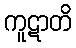
ကူဋာတိ